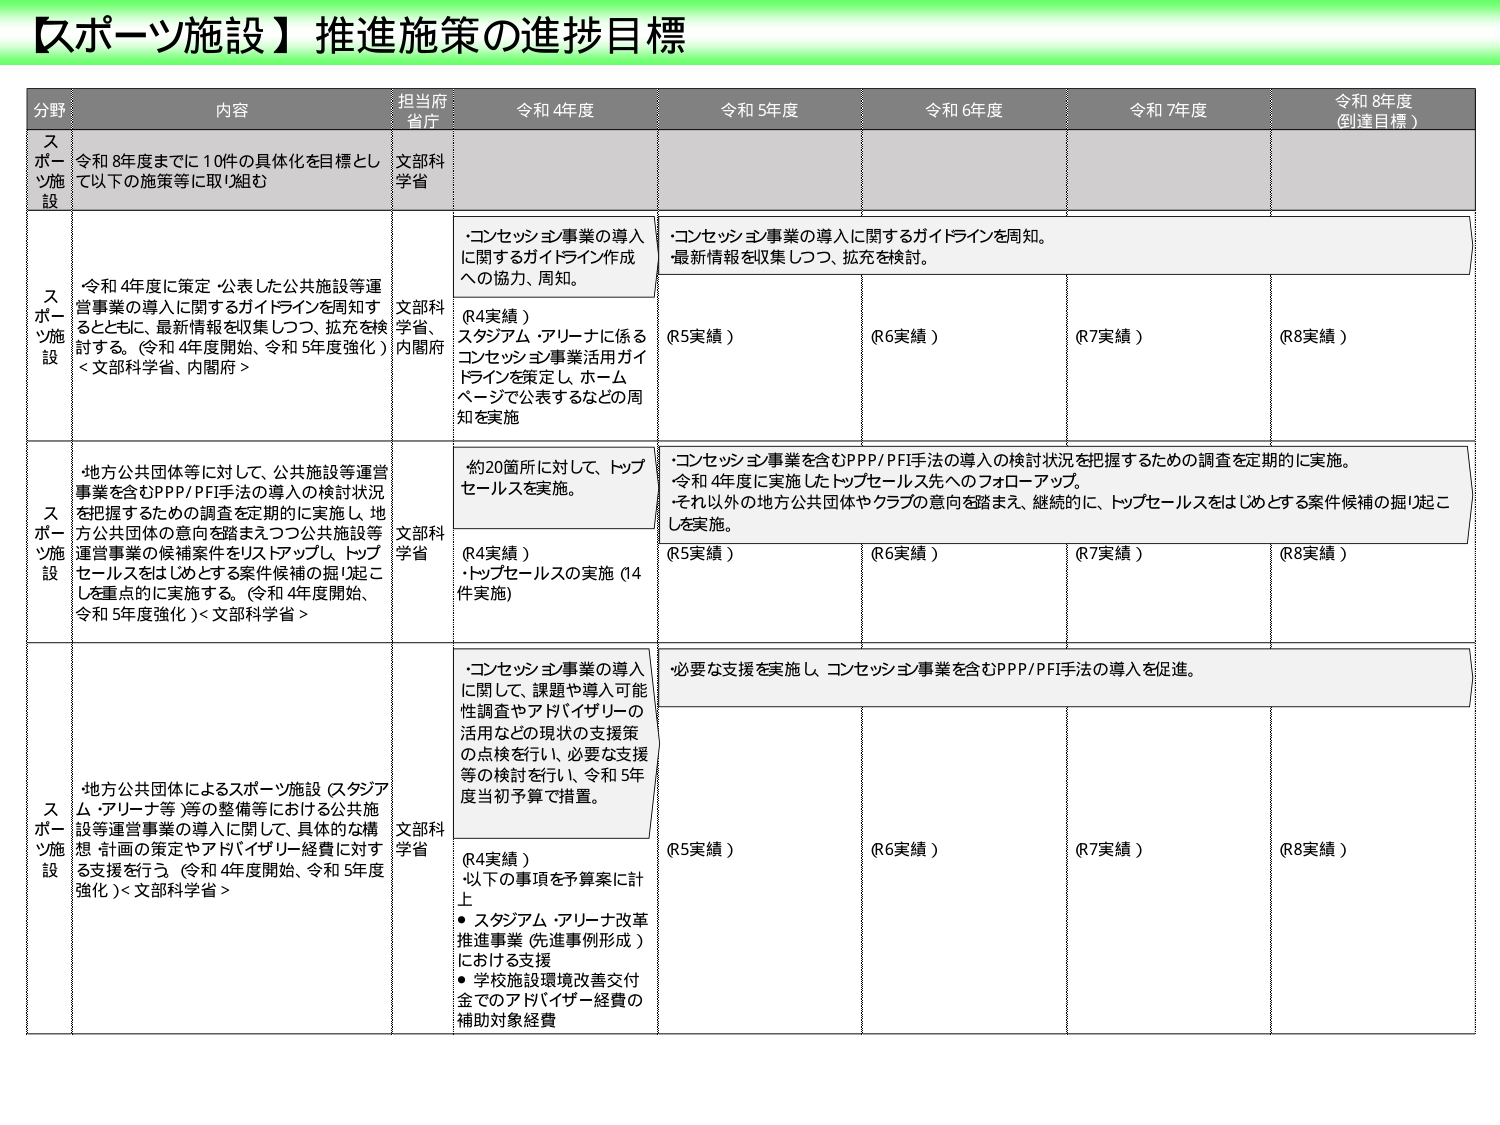
【スポーツ施設】推進施策の進捗目標

分野 内容 担当府省庁 令和4年度 令和5年度 令和6年度 令和7年度 令和8年度（到達目標）

スポーツ施設 令和8年度までに10件の具体化を目標として以下の施策等に取り組む 文部科学省

スポーツ施設 令和4年度に策定・公表した公共施設等運営事業の導入に関するガイドラインを周知するとともに、最新情報を収集しつつ、拡充を検討する。（令和4年度開始、令和5年度強化）＜文部科学省、内閣府＞ 文部科学省、内閣府 ・コンセッション事業の導入に関するガイドライン作成への協力、周知。 （R4実績） スタジアム・アリーナに係るコンセッション事業活用ガイドラインを策定し、ホームページで公表するなどの周知を実施 ・コンセッション事業の導入に関するガイドラインを周知。最新情報を収集しつつ、拡充を検討。 （R5実績） （R6実績） （R7実績） （R8実績）

スポーツ施設 地方公共団体等に対して、公共施設等運営事業を含むPPP/PFI手法の導入の検討状況を把握するための調査を定期的に実施し、地方公共団体の意向を踏まえつつ公共施設等運営事業の候補案件をリストアップし、トップセールスをはじめとする案件候補の掘り起こしを重点的に実施する。（令和4年度開始、令和5年度強化）＜文部科学省＞ 文部科学省 ・約20箇所に対して、トップセールスを実施。 （R4実績） ・トップセールスの実施（14件実施） ・コンセッション事業を含むPPP/PFI手法の導入の検討状況を把握するための調査を定期的に実施。令和4年度に実施したトップセールス先へのフォローアップ。それ以外の地方公共団体やクラブの意向を踏まえ、継続的に、トップセールスをはじめとする案件候補の掘り起こしを実施。 （R5実績） （R6実績） （R7実績） （R8実績）

スポーツ施設 地方公共団体によるスポーツ施設（スタジアム・アリーナ等）等の整備等における公共施設等運営事業の導入に関して、具体的な構想・計画の策定やアドバイザリー経費に対する支援を行う。（令和4年度開始、令和5年度強化）＜文部科学省＞ 文部科学省 ・コンセッション事業の導入に関して、課題や導入可能性調査やアドバイザリーの活用などの現状の支援策の点検を行い、必要な支援等の検討を行い、令和5年度当初予算で措置。 （R4実績） 以下の事項を予算案に計上 ・スタジアム・アリーナ改革推進事業（先進事例形成）における支援 ・学校施設環境改善交付金でのアドバイザリー経費の補助対象経費 ・必要な支援を実施し、コンセッション事業を含むPPP/PFI手法の導入を促進。 （R5実績） （R6実績） （R7実績） （R8実績）